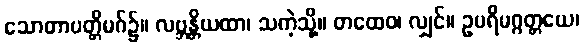
သောတာပတ္တိမဂ်၌။ လဗ္ဘန္တိယထာ၊ သကဲ့သို့။ တထေဝ၊ လျှင်။ ဥပရိမဂ္ဂတ္တယေ၊